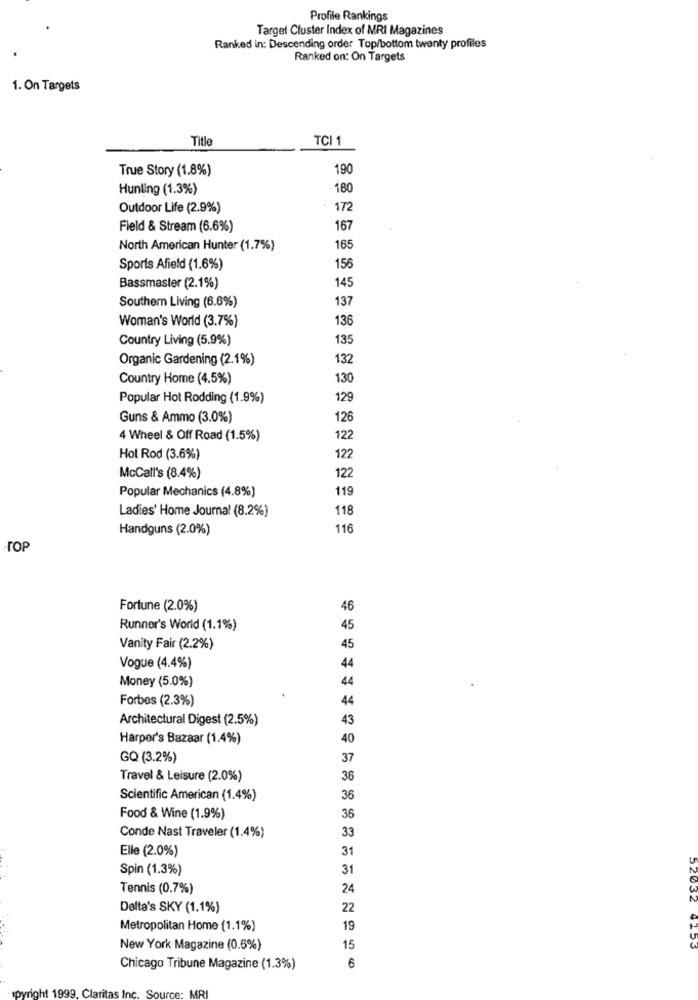
Profile Rankings
Target Cluster Index of MRI Magazines
Ranked in: Descending order Top/bottom twenty profiles
Ranked on: On Targets
1. On Targets
Titl
TCI 1
True Story (1.8%)
190
Hunling (1.3%)
180
Outdoor Life (2.9%)
172
Field & Stream (6.6%)
167
North American Hunter (1.7%)
165
Sports Afield (1.6%)
156
145
Bassmaster (2.1%)
Southern Living (6.6%)
137
Woman's World (3.7%)
136
Country Living (5.9%)
135
Organic Gardening (2.1%)
132
Country Home (4.5%)
130
Popular Hot Rodding (1.9%)
129
Guns & Ammo (3.0%)
126
4 Wheel & Off Road (1.5%)
122
Hot Rod (3.6%)
122
122
McCall's (8.4%)
Popular Mechanics (4.8%)
119
Ladies' Home Journal (8.2%)
118
Handguns (2.0%)
116
-TOP
Fortune (2.0%)
46
Runner's World (1.1%)
45
Vanity Fair (2.2%)
45
44
Vogue (4.4%)
Money (5.0%)
44
Forbes (2.3%)
44
Architectural Digest (2.5%)
43
Harper's Bazaar (1.4%)
40
GQ (3.2%)
37
Travel & Leisure (2.0%)
36
Scientific American (1.4%)
36
Food & Wine (1.9%)
36
33
Conde Nast Traveler (1.4%)
Elle (2.0%)
31
Spin (1.3%)
31
Tennis (0.7%)
24
52032
Delta's SKY (1.1%)
22
Metropolitan Home (1.1%)
19
New York Magazine (0.6%)
15
6
Chicago Tribune Magazine (1.3%)
pyright 1999. Clar
Inc
Source: MRI